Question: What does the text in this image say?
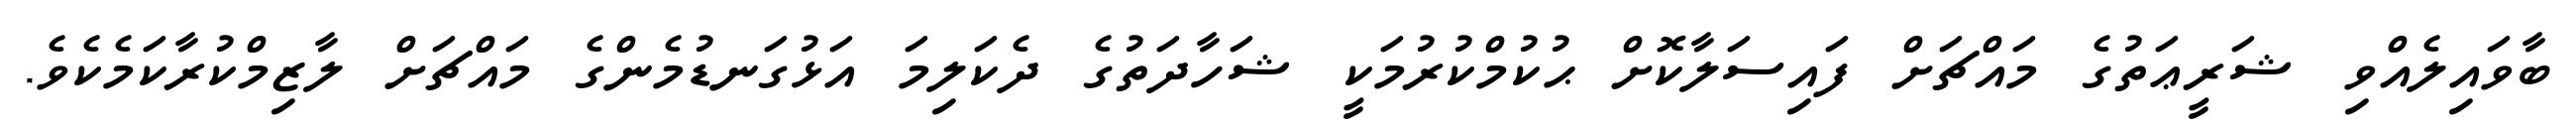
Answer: ބާވައިލެއްވި ޝަރީޢަތުގެ މައްޗަށް ފައިސަލާކޮށް ޙުކުމްކުރުމަކީ ޝަހާދަތުގެ ދެކަލިމަ އަޅުގަނޑުމެންގެ މައްޗަށް ލާޒިމްކުރާކަމެކެވެ.